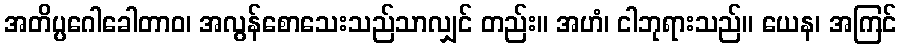
အတိပ္ပဂေါခေါတာဝ၊ အလွန်စောသေးသည်သာလျှင် တည်း။ အဟံ၊ ငါဘုရားသည်။ ယေန၊ အကြင်